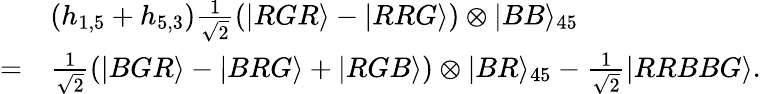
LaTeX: \begin{array}{rl}&{(h_{1,5}+h_{5,3})\frac{1}{\sqrt{2}}(|RGR\rangle-|RRG\rangle)\otimes|BB\rangle_{45}}\\ {=}&{\frac{1}{\sqrt{2}}(|BGR\rangle-|BRG\rangle+|RGB\rangle)\otimes|BR\rangle_{45}-\frac{1}{\sqrt{2}}|RRBBG\rangle.}\end{array}